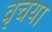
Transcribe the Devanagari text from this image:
वृचया